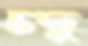
চন্দু